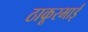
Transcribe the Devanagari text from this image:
ठाकूरभाई